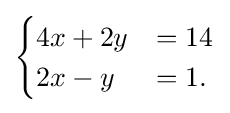
{\begin{cases}4x+2y&=14\\2x-y&=1.\end{cases}}